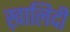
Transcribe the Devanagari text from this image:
ख़ालिदी